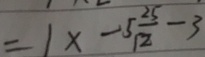
= 1 x - 5 \frac { 2 5 } { 1 2 } - 3